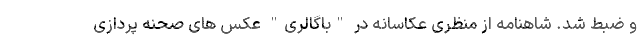
و ضبط شد. شاهنامه از منظری عکاسانه در "باگالری" عکس های صحنه پردازی